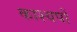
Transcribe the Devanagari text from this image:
काश्यपों